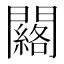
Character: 𨷀